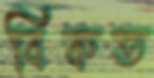
বিকত